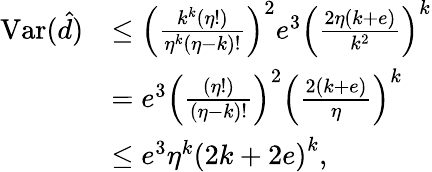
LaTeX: \begin{array}{rl}{\mathrm{Var}(\hat{d})}&{\leq\left(\frac{k^{k}\left(\eta!\right)}{\eta^{k}\left(\eta-k\right)!}\right)^{2}e^{3}\left(\frac{2\eta\left(k+e\right)}{k^{2}}\right)^{k}}\\ &{=e^{3}\left(\frac{\left(\eta!\right)}{\left(\eta-k\right)!}\right)^{2}\left(\frac{2\left(k+e\right)}{\eta}\right)^{k}}\\ &{\leq e^{3}\eta^{k}\left(2k+2e\right)^{k},}\end{array}